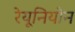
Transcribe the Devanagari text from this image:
रेयूनियोन